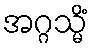
အဂ္ဂသ္မိံ